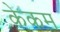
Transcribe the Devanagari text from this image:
केकम